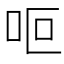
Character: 𠰐